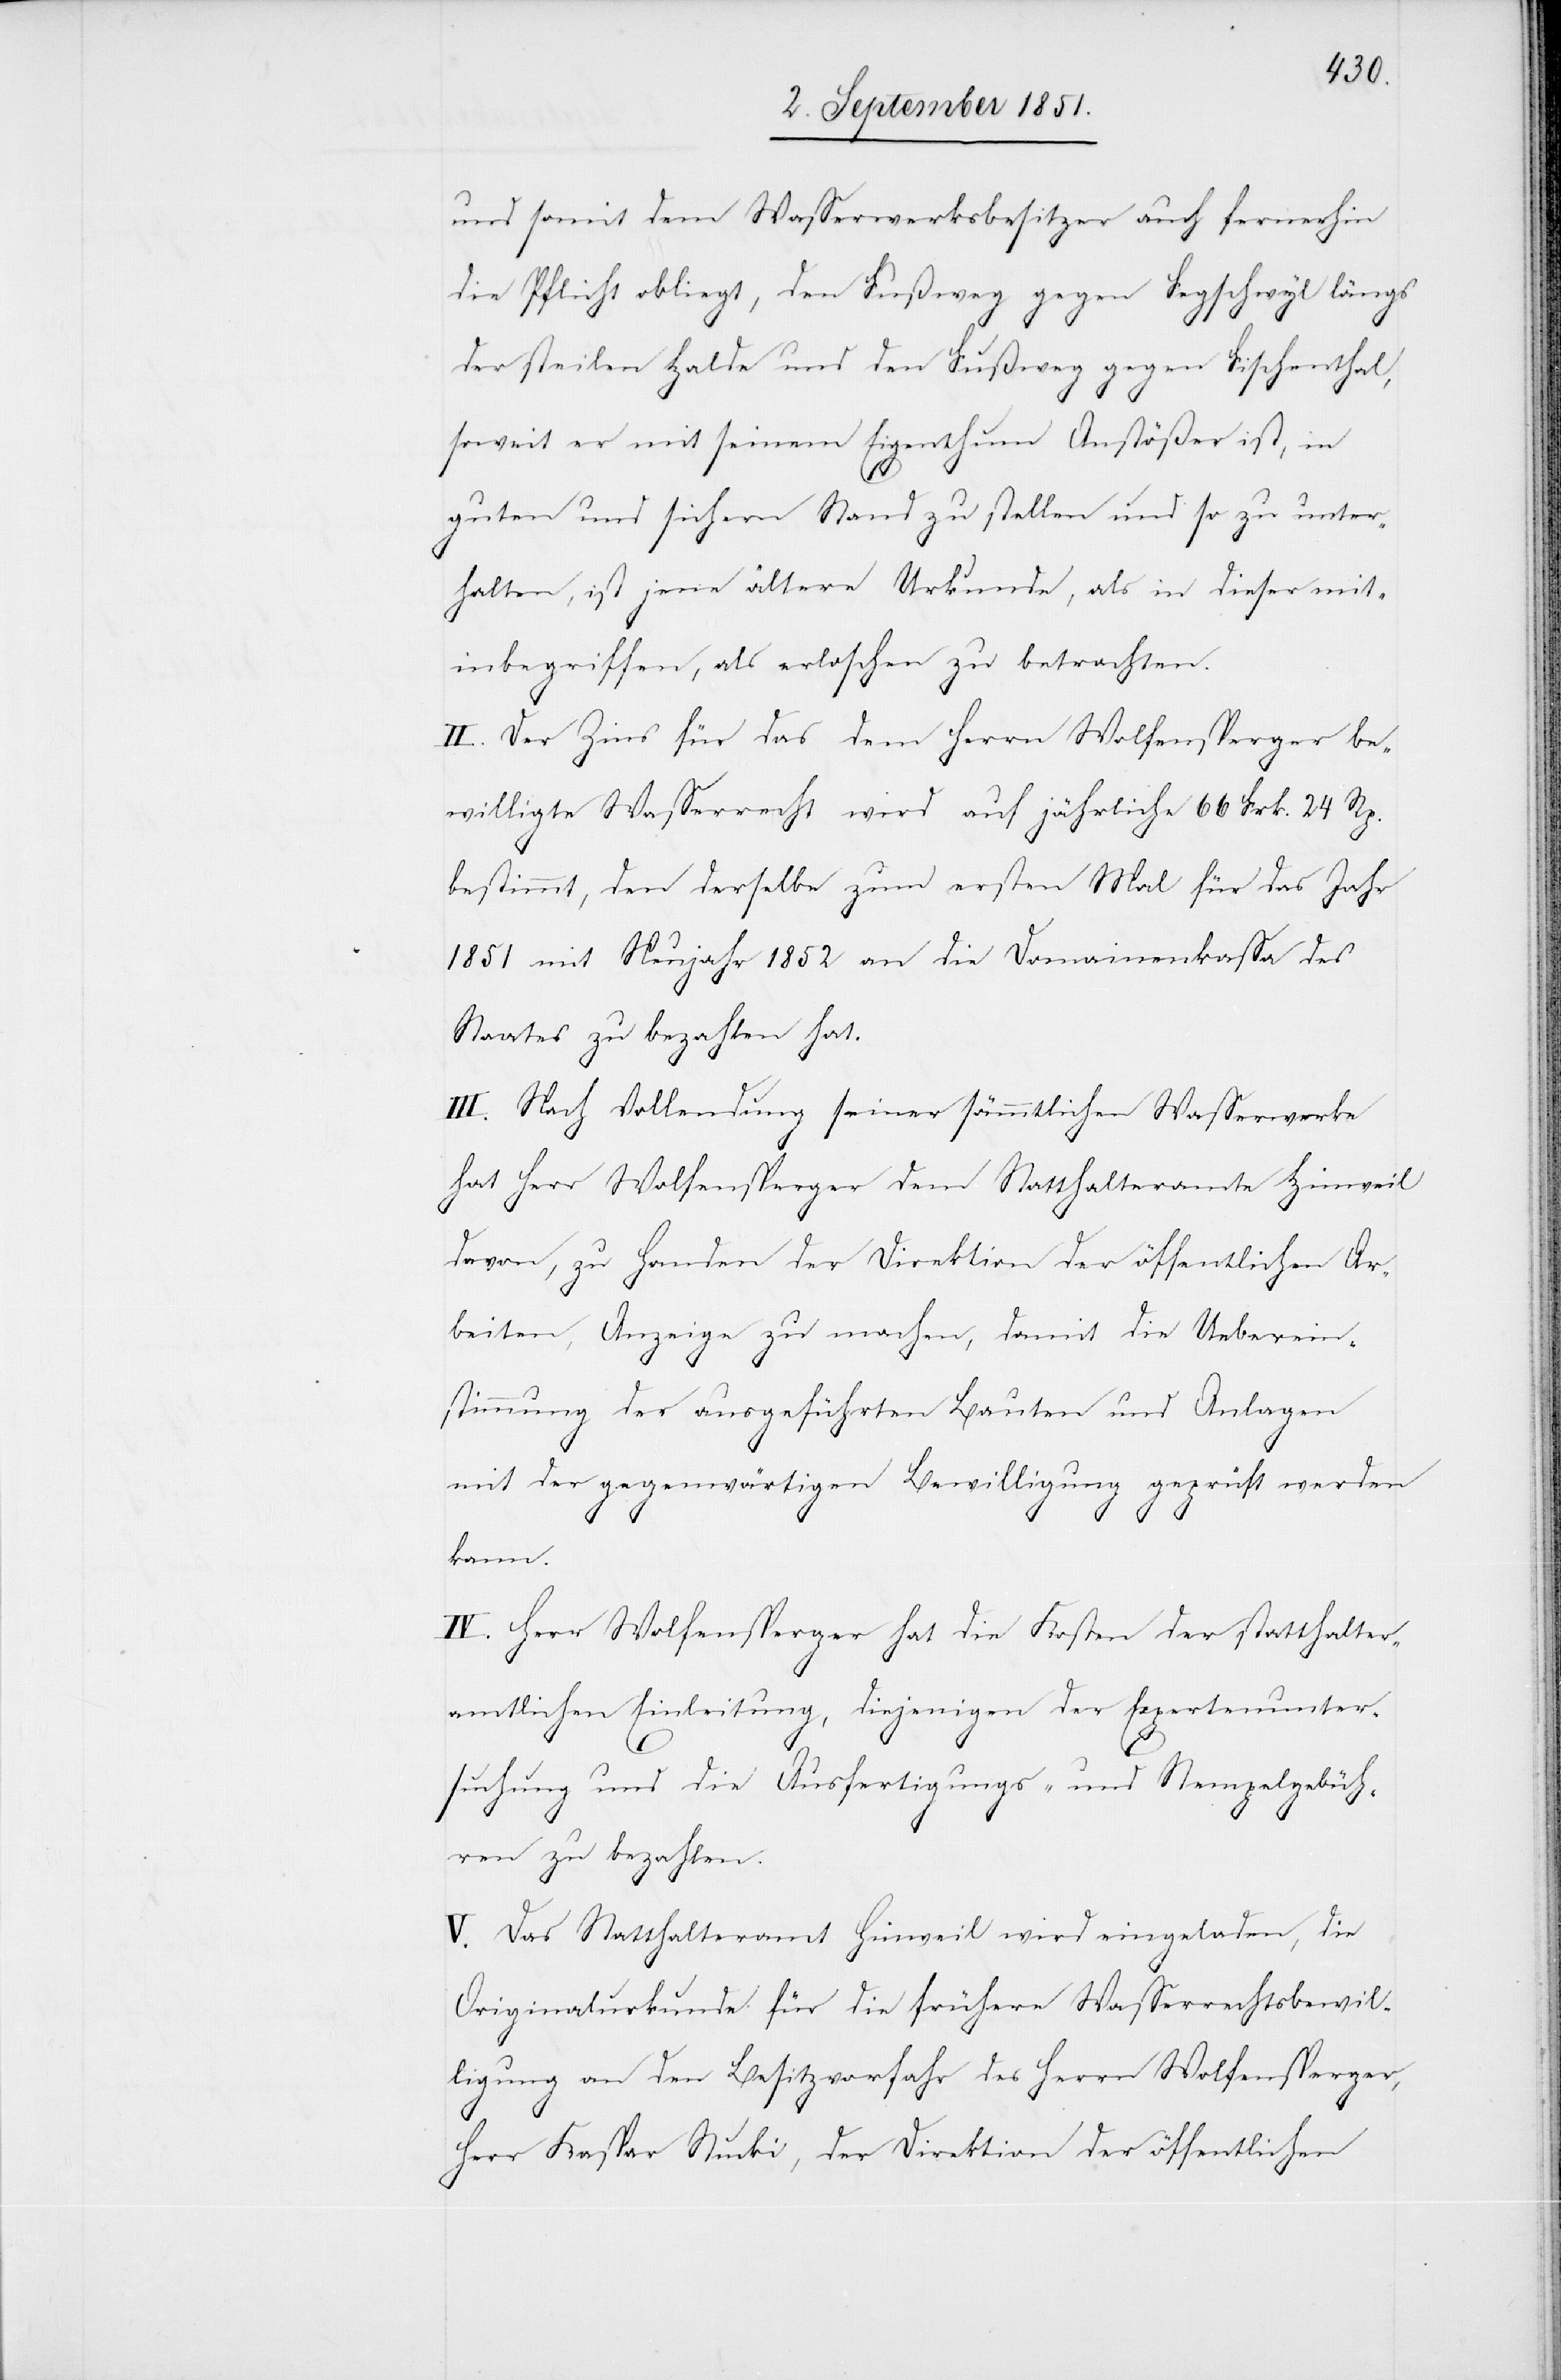
und somit dem Wasserwerksbesitzer auch fernerhin
die Pflicht obliegt, den Fußweg gegen Fegschwyl längs
der steilen Halde und den Fußweg gegen Fischenthal,
soweit er mit seinem Eigenthum Anstößer ist, in
guten und sichern Stand zu stellen und so zu unter¬
halten, ist jene ältere Urkunde, als in dieser mit¬
inbegriffen, als erloschen zu betrachten.
II. Der Zins für das dem Herrn Wolfensperger be¬
willigte Wasserrecht wird auf jährliche 66 Frk. 24 Rp.
bestimmt, den derselbe zum ersten Mal für das Jahr
1851 mit Neujahr 1852 an die Domainenkassa des
Staates zu bezahlen hat.
III. Nach Vollendung seiner sämmtlichen Wasserwerke
hat Herr Wolfensperger dem Statthalteramte Hinweil
davon, zu Handen der Direktion der öffentlichen Ar¬
beiten, Anzeige zu machen, damit die Ueberein¬
stimmung der ausgeführten Bauten und Anlagen
mit der gegenwärtigen Bewilligung geprüft werden
kann.
IV. Herr Wolfensperger hat die Kosten der statthalter¬
amtlichen Einleitung, diejenigen der Expertenunter¬
suchung und die Ausfertigungs- und Stempelgebüh¬
ren zu bezahlen.
V. Das Statthalteramt Hinweil wird eingeladen, die
Originalurkunde für die frühere Wasserrechtsbewil¬
ligung an den Besitzvorfahr des Herrn Wolfensperger,
Herr Kaspar Stucki, der Direktion der öffentlichen